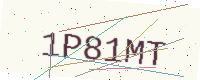
Text: 1P81MT